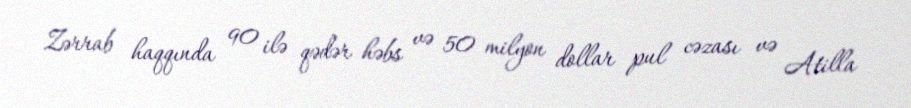
Zərrab haqqında 90 ilə qədər həbs və 50 milyon dollar pul cəzası və Atilla